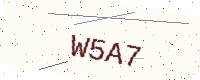
Text: W5A7